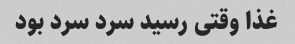
غذا وقتی رسید سرد سرد بود